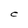
Character: C